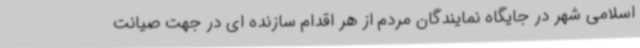
اسلامی شهر در جایگاه نمایندگان مردم از هر اقدام سازنده ای در جهت صیانت